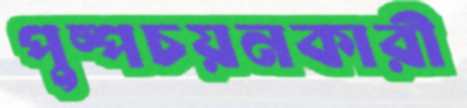
পুষ্পচয়নকারী